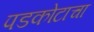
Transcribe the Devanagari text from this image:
पडकोटाचा